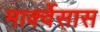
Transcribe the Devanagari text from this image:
मार्क्वेसास